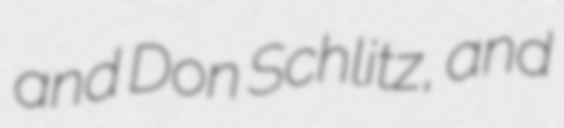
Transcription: and Don Schlitz, and